Insane asylums in Bengal annual reports 1876-1887 - 1876-1887
Year: 1876
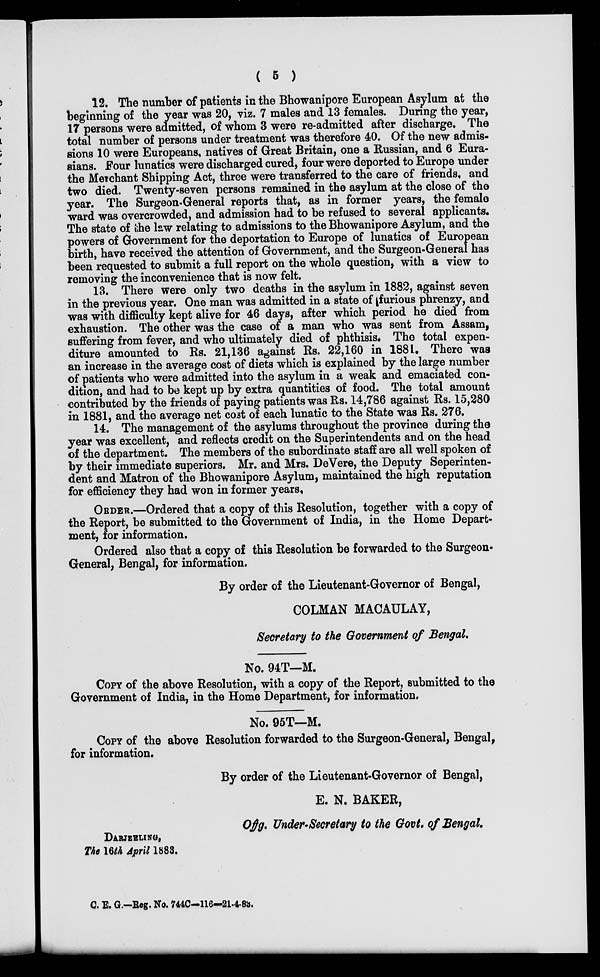
( 5 )
12. The number of patients in the Bhowanipore European Asylum at the
beginning of the year was 20, viz. 7 males and 13 females. During the year,
17 persons were admitted, of whom 3 were re-admitted after discharge. The
total number of persons under treatment was therefore 40. Of the new admis-
sions 10 were Europeans, natives of Great Britain, one a Russian, and 6 Eura-
sians. Four lunatics were discharged cured, four were deported to Europe under
the Merchant Shipping Act, three were transferred to the care of friends, and
two died. Twenty-seven persons remained in the asylum at the close of the
year. The Surgeon-General reports that, as in former years, the female
ward was overcrowded, and admission had to be refused to several applicants.
The state of the law relating to admissions to the Bhowanipore Asylum, and the
powers of Government for the deportation to Europe of lunatics of European
birth, have received the attention of Government, and the Surgeon-General has
been requested to submit a full report on the whole question, with a view to
removing the inconvenience that is now felt.
13. There were only two deaths in the asylum in 1882, against seven
in the previous year. One man was admitted in a state of furious phrenzy, and
was with difficulty kept alive for 46 days, after which period he died from
exhaustion. The other was the case of a man who was sent from Assam,
suffering from fever, and who ultimately died of phthisis. The total expen-
diture amounted to Rs. 21,136 against Rs. 22,160 in 1881. There was
an increase in the average cost of diets which is explained by the large number
of patients who were admitted into the asylum in a weak and emaciated con-
dition, and had to be kept up by extra quantities of food. The total amount
contributed by the friends of paying patients was Rs. 14,786 against Rs. 15,280
in 1881, and the average net cost of each lunatic to the State was Rs. 276.
14. The management of the asylums throughout the province during the
year was excellent, and reflects credit on the Superintendents and on the head
of the department. The members of the subordinate staff are all well spoken of
by their immediate superiors. Mr. and Mrs. DeVere, the Deputy Seperinten-
dent and Matron of the Bhowanipore Asylum, maintained the high reputation
for efficiency they had won in former years,
ORDER.—Ordered that a copy of this Resolution, together with a copy of
the Report, be submitted to the Government of India, in the Home Depart-
ment, for information.
Ordered also that a copy of this Resolution be forwarded to the Surgeon-
General, Bengal, for information.
By order of the Lieutenant-Governor of Bengal,
COLMAN MACAULAY,
Secretary to the Government of Bengal.
No. 94T—M.
COPY of the above Resolution, with a copy of the Report, submitted to the
Government of India, in the Home Department, for information.
No. 95T—M.
COPY of the above Resolution forwarded to the Surgeon-General, Bengal,
for information.
By order of the Lieutenant-Governor of Bengal,
E. N. BAKER,
Offg. Under—Secretary to the Govt, of Bengal.
DARJEELING,
The 16th April 1883.
C. E. G.—Reg. No. 744C—116—21-4-83.